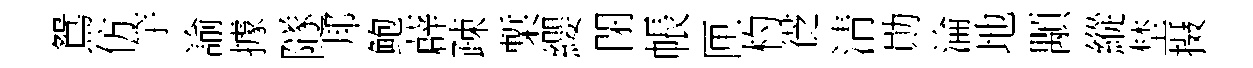
鴛仿竽諭據隧邦鲍薜疎槧纓閉帳匣杓徔清勛淪地顒縱埜摄